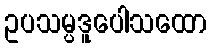
ဥပသမ္ပဒူပေါသထော